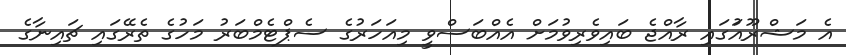
އެ މަޝްރޫއަުގައި ރާއްޖެ ބައިވެރިވުމަށް އެއްބަސްވީ މިއަހަރުގެ ސެޕްޓެމްބަރު މަހުގެ ތެރޭގައި ޗައިނާގެ